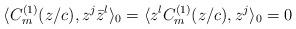
LaTeX: \begin{align*}\langle C^{(1)}_m(z/c), z^j {\bar z}^l \rangle_0 = \langle z^l C^{(1)}_m(z/c), z^j \rangle_0 =0\end{align*}